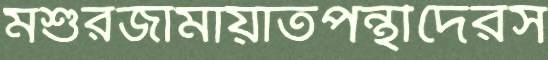
মশুরজামায়াতপন্থীদেরস